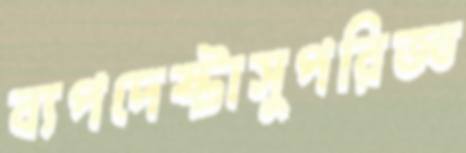
ব্যপদেষ্টাসুপরিজ্ঞ